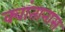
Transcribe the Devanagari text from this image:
क्वांतानास